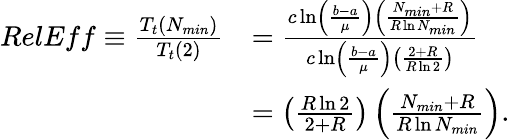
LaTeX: \begin{array}{rl}{RelEff\equiv\frac{T_{t}\left(N_{\mathrm{\textit{min}}}\right)}{T_{t}\left(2\right)}}&{=\frac{c\ln\left(\frac{b-a}{\mu}\right)\left(\frac{N_{\mathrm{\textit{min}}}+R}{R\ln N_{\mathrm{\textit{min}}}}\right)}{c\ln\left(\frac{b-a}{\mu}\right)\left(\frac{2+R}{R\ln 2}\right)}}\\ &{=\left(\frac{R\ln 2}{2+R}\right)\left(\frac{N_{\mathrm{\textit{min}}}+R}{R\ln N_{\mathrm{\textit{min}}}}\right).}\end{array}